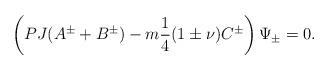
LaTeX: \begin{align*}\left(PJ(A^\pm+B^\pm)-m\frac{1}{4}(1\pm \nu)C^\pm\right)\Psi_\pm=0.\end{align*}